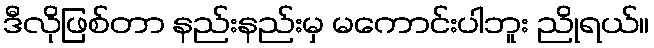
ဒီလိုဖြစ်တာ နည်းနည်းမှ မကောင်းပါဘူး ညိုရယ်။